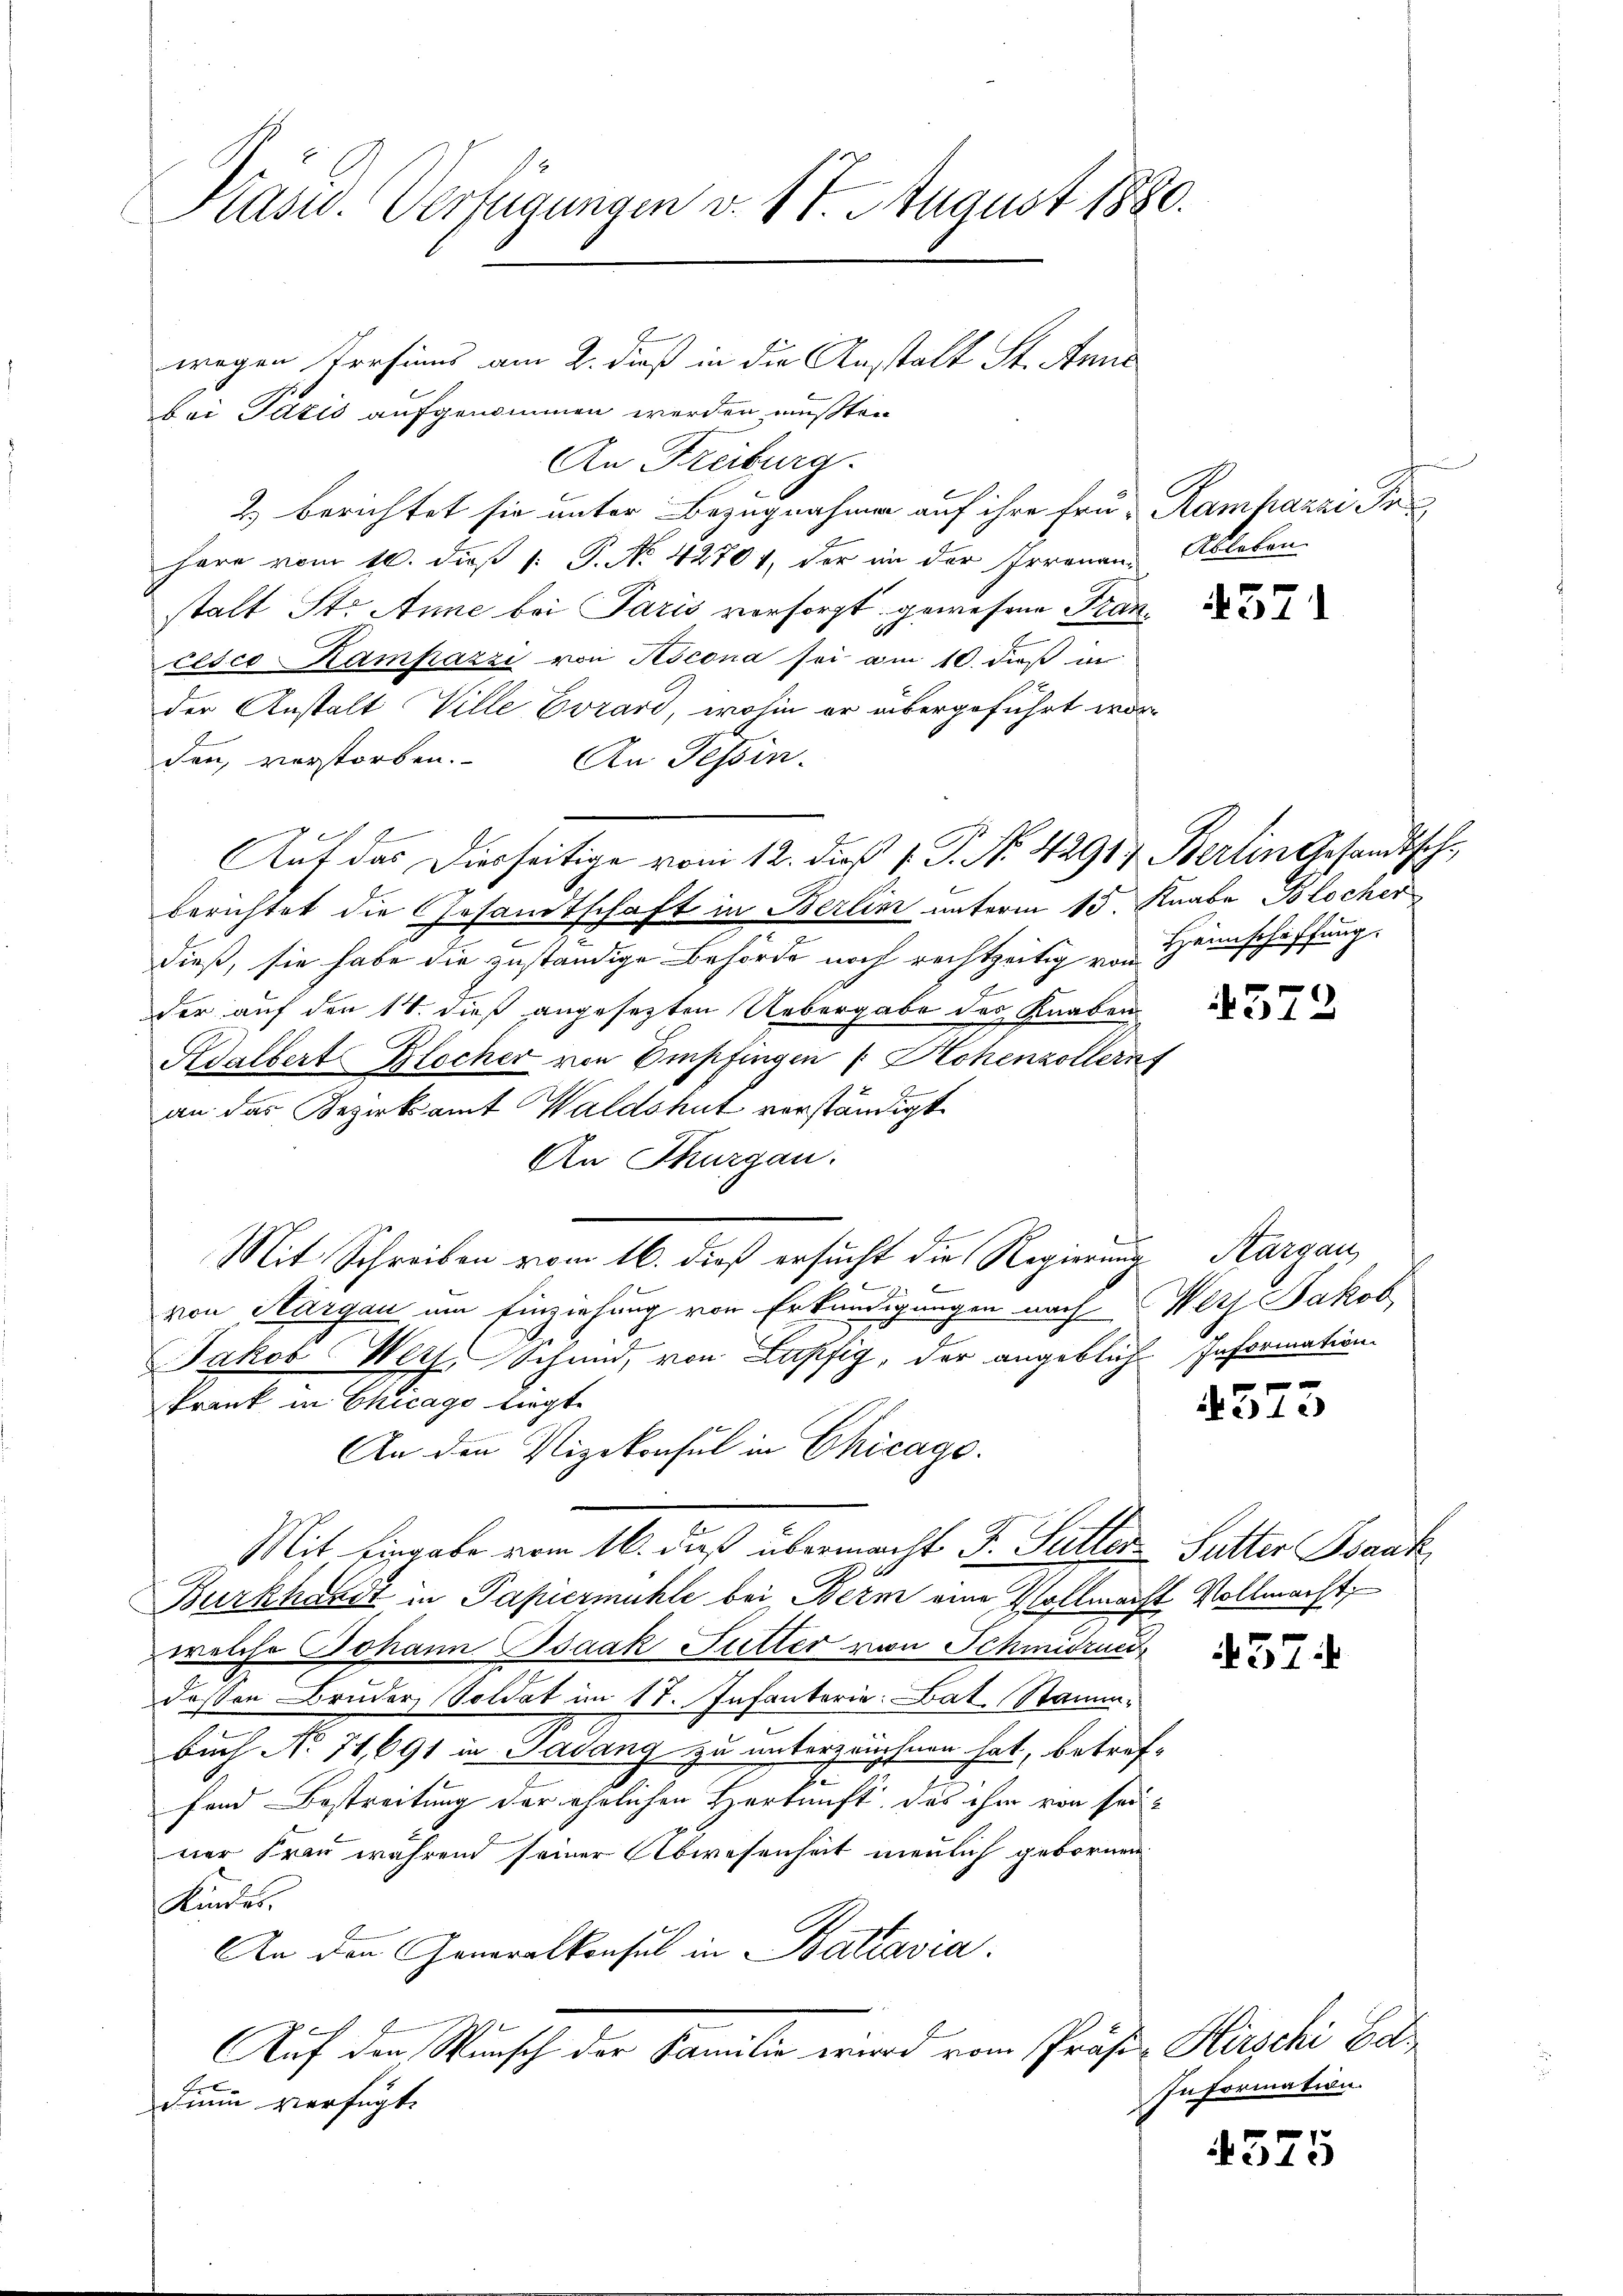
Präsid. Verfügungen v. 17. August 1880.

wegen Persinns am 2. dieß in die Anstalt St. Anna
bei Paris aufgenommen werden mußten
An Freiburg.
2) berichtet sie unter Bezugnahme auf ihre Frü- Ramhazzi Pr
here vom 10. dieß [ P. No 42701, der in der Irrenaue Ableben
stalt St. Anne bei Paris versorgt gewesene Francesco Kampazzi von Rocona sei am 10. dieß in
der Anstalt Wille Evrard, wohin er übergeführt worden, verstorben. An Tessin.
berichtet die Gesamtschaft in Berlin unterm 15. Knabe Blocher
dieß, sie habe die zuständige Behörde noch rechtzeitig vom
der auf den 14. dieß angesezten Uebergabe des Knaben
Adalbert Blocher von Empfingen (: Hohenzollern
an das Bezirksamt Waldshut verständigt.
An Thurgau.
Mit Schreiben vom 16. dieß ersucht die Regierung Kargau,

von Aargau um Einziehung von Erkundigungen nach
Jakob Weths Schmid, von Lupfig, der angeblich Information
krank in Chicago liegte
An den Vizekonsul in Chicago
Mit Eingabe vom 16. dieß übermacht J. Sutter Sutter Bank
Burkhardt in Papiermühle bei Bern eine Vollmacht Vollmacht,
welche Johann Isaak Futter von Schmidrun
deßen Bruder, Soldat im 17. Infanterie: Bat. Stammbuch No 71,691 in Sadang zu unterzeichnen hat, betref
fend Bestreitung der ehelichen Herkunft des ihm von seiner Frau während seiner Abwesenheit neulich gebornen
Kindes.
An den Generalkonsul in Baltavia
Auf den Wunsch der Familie wird vom Präsi-Hirschi Edtdium verfügt:

Auf das Diesseitige vom 12. dieß P. P. Nr. 42917 Berlin Gesandtsch¬

4371

Heimschaffung.

572

Werz Jakob

4573

437.

Information.

4575